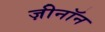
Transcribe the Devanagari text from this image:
ज़ीनॉन